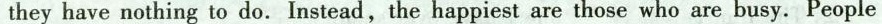
they have nothing to do. Instead,the happiest are those who are busy. People